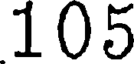
105